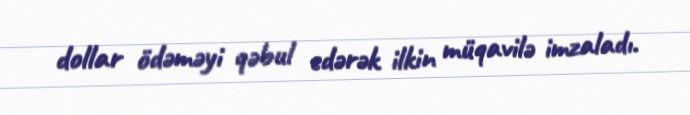
dollar ödəməyi qəbul edərək ilkin müqavilə imzaladı.